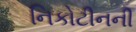
નિકોટીનની